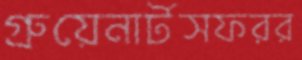
গ্রুয়েনার্টসফরর